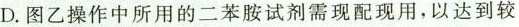
D.图乙操作中所用的二苯胺试剂需现配现用，以达到较